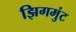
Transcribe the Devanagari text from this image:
झिगमुंट